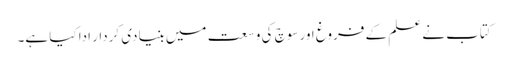
کتاب نے علم کے فروغ اور سوچ کی وسعت میں بنیادی کردار ادا کیا ہے۔